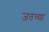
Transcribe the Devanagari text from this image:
जतच्या